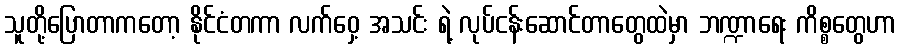
သူတို့ပြောတာကတော့ နိုင်ငံတကာ လက်ဝှေ့ အသင်း ရဲ့ လုပ်ငန်းဆောင်တာတွေထဲမှာ ဘဏ္ဍာရေး ကိစ္စတွေဟာ